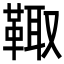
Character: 𩋄